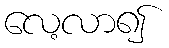
လေ့လာ၍